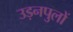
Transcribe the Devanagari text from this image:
उड़नपुलों